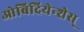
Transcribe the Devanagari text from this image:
ओबिदियेन्शेस्